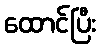
ထောင်ပြီး